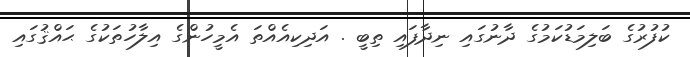
ކުފުރުގެ ބަލިމަޑުކަމުގެ ދާނުގައި ނިދާފައި ތިބީ . އަދިކިއެއްތަ އެމީހުންގެ އިލާހުތަކުގެ ޙައްޤުގައި